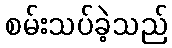
စမ်းသပ်ခဲ့သည်